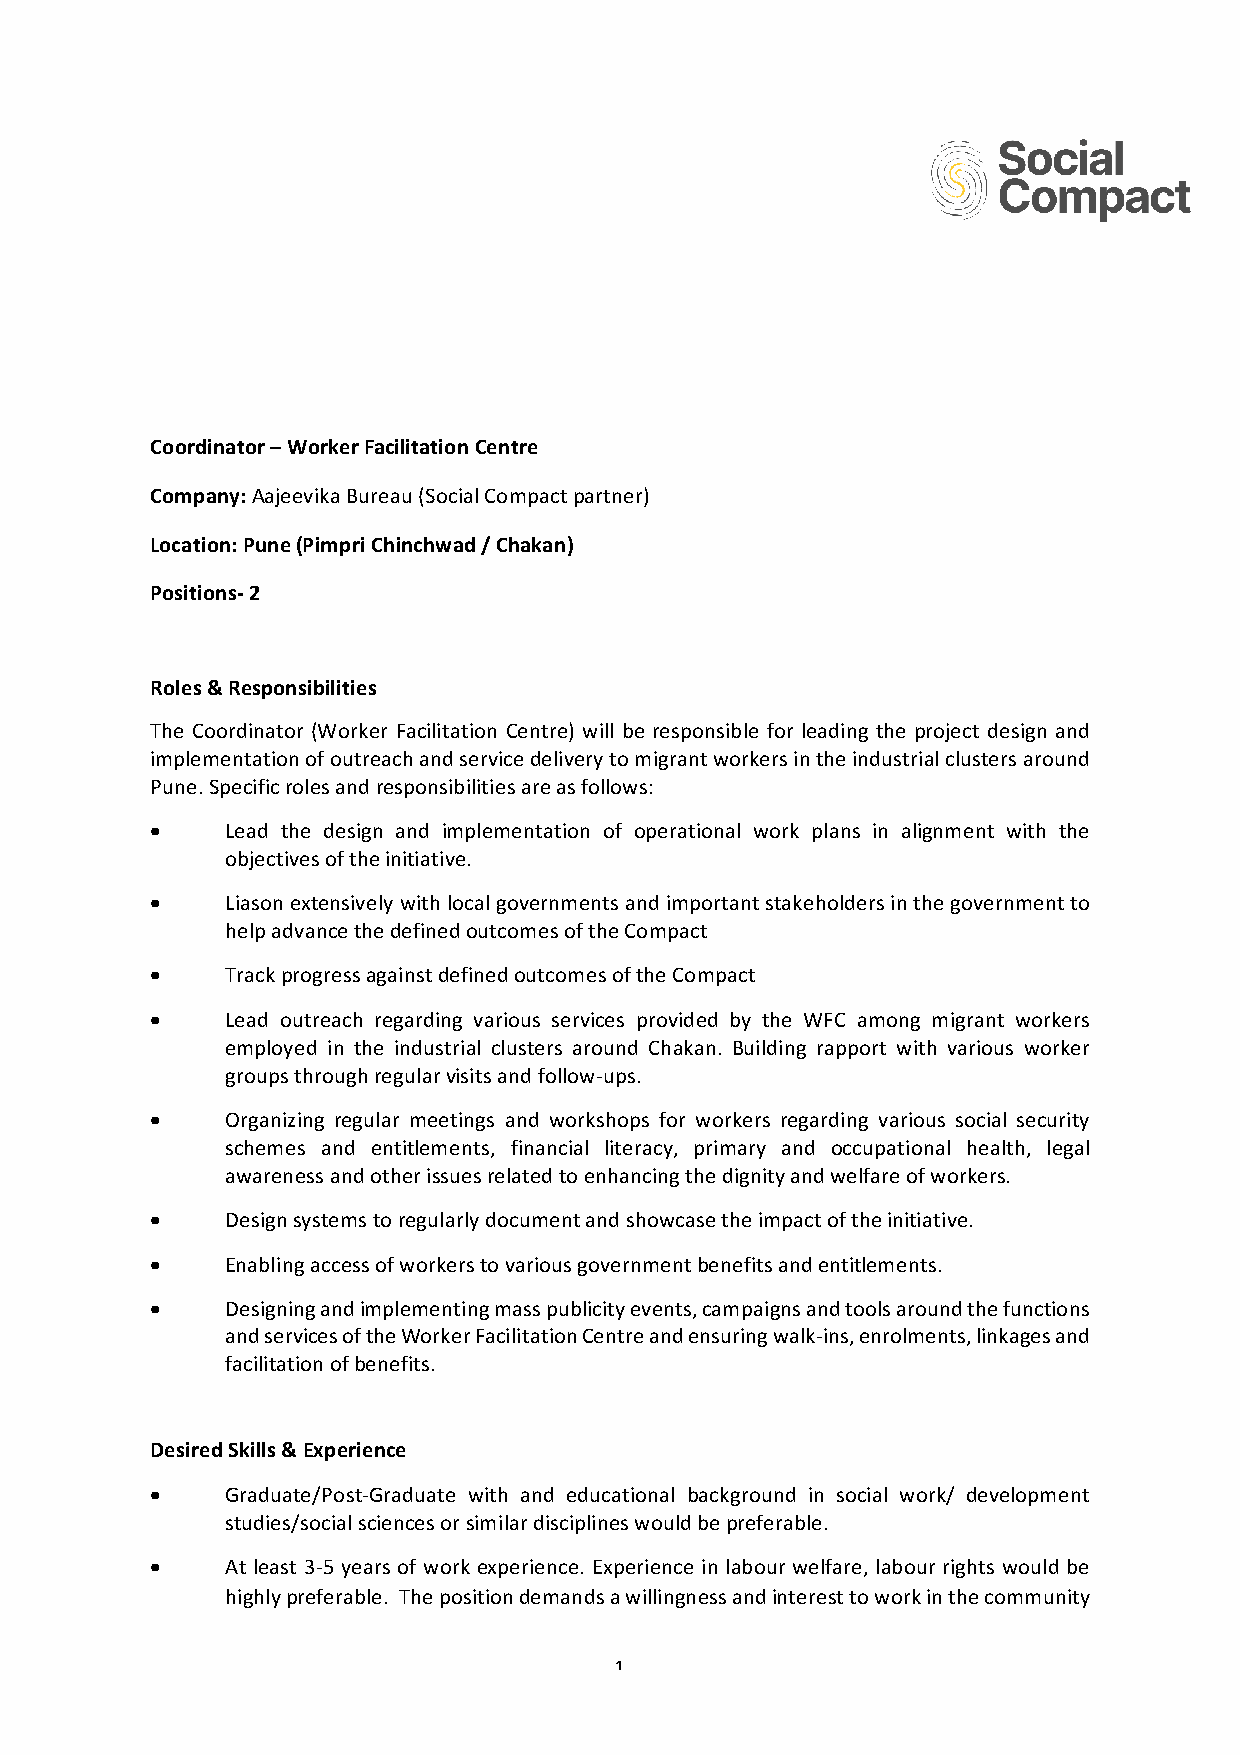
Coordinator – Worker Facilitation Centre
 Company: Aajeevika Bureau (Social Compact partner)
 Location: Pune (Pimpri Chinchwad / Chakan)
 Positions- 2
 Roles & Responsibilities
 The Coordinator (Worker Facilitation Centre) will be responsible for leading the project design and
 implementation of outreach and service delivery to migrant workers in the industrial clusters around
 Pune. Specific roles and responsibilities are as follows:
 •    Lead the design and implementation of operational work plans in alignment with the
 objectives of the initiative.
 •    Liason extensively with local governments and important stakeholders in the government to
 help advance the defined outcomes of the Compact
 •    Track progress against defined outcomes of the Compact
 •    Lead outreach regarding various services provided by the WFC among migrant workers
 employed in the industrial clusters around Chakan. Building rapport with various worker
 groups through regular visits and follow-ups.
 •    Organizing regular meetings and workshops for workers regarding various social security
 schemes and entitlements, financial literacy, primary and occupational health, legal
 awareness and other issues related to enhancing the dignity and welfare of workers.
 •    Design systems to regularly document and showcase the impact of the initiative.
 •    Enabling access of workers to various government benefits and entitlements.
 •    Designing and implementing mass publicity events, campaigns and tools around the functions
 and services of the Worker Facilitation Centre and ensuring walk-ins, enrolments, linkages and
 facilitation of benefits.
 Desired Skills & Experience
 •    Graduate/Post-Graduate with and educational background in social work/ development
 studies/social sciences or similar disciplines would be preferable.
 •    At least 3-5 years of work experience. Experience in labour welfare, labour rights would be
 highly preferable. The position demands a willingness and interest to work in the community
 1